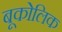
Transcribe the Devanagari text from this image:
बूकोलिक